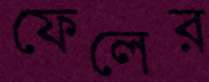
ফেলের